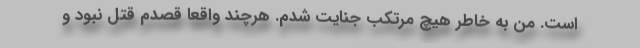
است. من به خاطر هیچ مرتکب جنایت شدم. هرچند واقعاً قصدم قتل نبود و